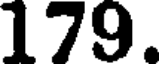
179.